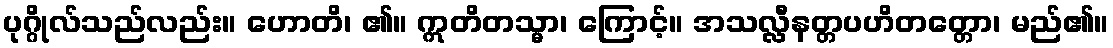
ပုဂ္ဂိုလ်သည်လည်း။ ဟောတိ၊ ၏။ ဣတိတသ္မာ၊ ကြောင့်။ အသလ္လီနတ္တပဟိတတ္တော၊ မည်၏။